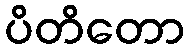
ပိတိတော